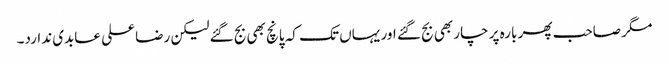
مگر صاحب پھر بارہ پر چار بھی بج گئے اور یہاں تک کہ پانچ بھی بج گئے لیکن رضا علی عابدی ندارد۔